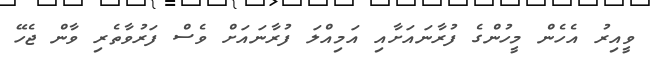
ވީއިރު އެހެން މީހުންގެ ފުރާނައަށާއި އަމިއްލަ ފުރާނައަށް ވެސް ފަރުވާތެރި ވާން ޖެހޭ